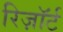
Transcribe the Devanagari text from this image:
रिज़ाॅर्ट